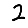
Digit: 2